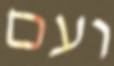
ועם